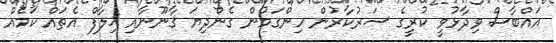
އައްބާސް ވިދާޅުވީ ކުރީގެ ސަރުކާރުން ހިންގަމުން ގެންދިޔަ ޤާނޫނާއި ޚިލާފް އެތައް ކަމެއް